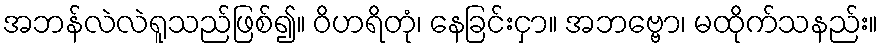
အဘန်လဲလဲရူသည်ဖြစ်၍။ ဝိဟရိတုံ၊ နေခြင်းငှာ။ အဘဗ္ဗော၊ မထိုက်သနည်း။